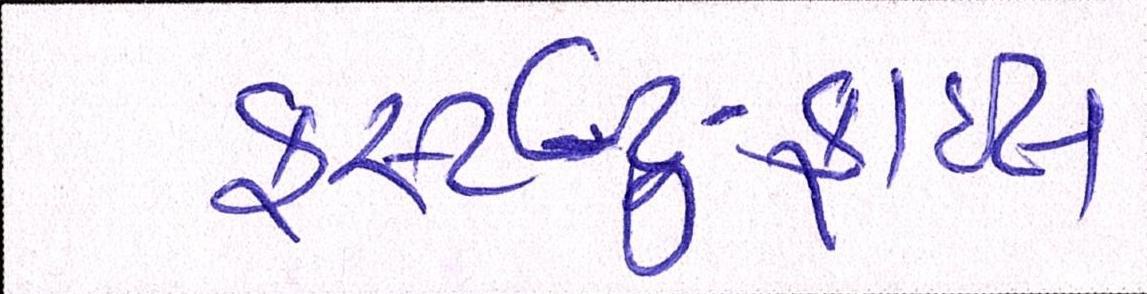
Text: ફર્સ્ટ-ટુ-ફાઇલ